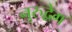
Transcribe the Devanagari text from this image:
नुरुद्वेग